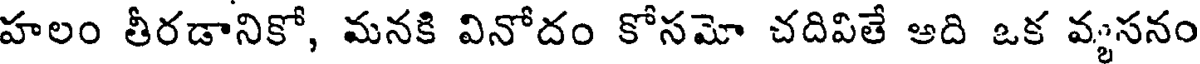
హలం తీరడానికో, మనకి వినోదం కోసమో చదివితే ఆది ఒక వ్యసనం